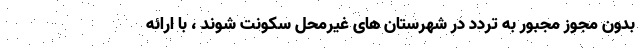
بدون مجوز مجبور به تردد در شهرستان های غیرمحل سکونت شوند ، با ارائه